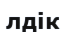
лдік